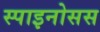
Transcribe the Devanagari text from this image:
स्पाइनोसस